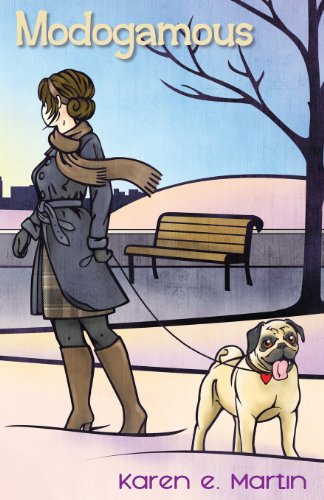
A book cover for Modogamous; Karen E. Martin; Romance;